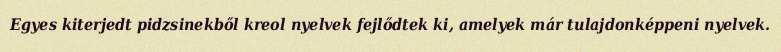
Egyes kiterjedt pidzsinekből kreol nyelvek fejlődtek ki, amelyek már tulajdonképpeni nyelvek.